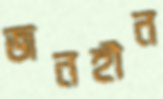
জনহীন